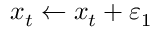
x _ { t } \gets x _ { t } + \varepsilon _ { 1 }